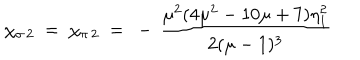
\chi _ { \sigma \, 2 } ~ = ~ \chi _ { \pi \, 2 } ~ = ~ - \, \frac { \mu ^ { 2 } ( 4 \mu ^ { 2 } - 1 0 \mu + 7 ) \eta _ { 1 } ^ { 2 } } { 2 ( \mu - 1 ) ^ { 3 } }